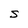
Character: S